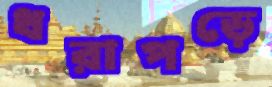
ধরাপড়ে